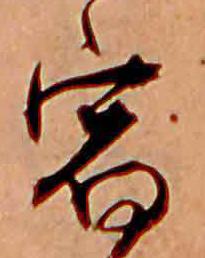
宿